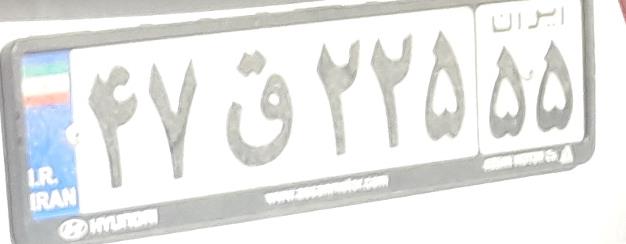
۴۷ق۲۲۵۵۵